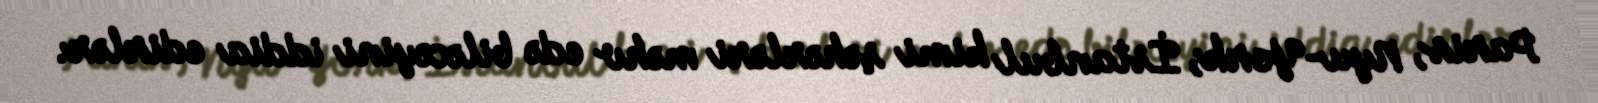
Paris, Nyu-York, İstanbul kimi şəhərləri məhv edə biləcəyini iddia edirlər.